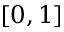
[ 0 , 1 ]